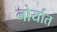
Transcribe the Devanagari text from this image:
नोर्यात